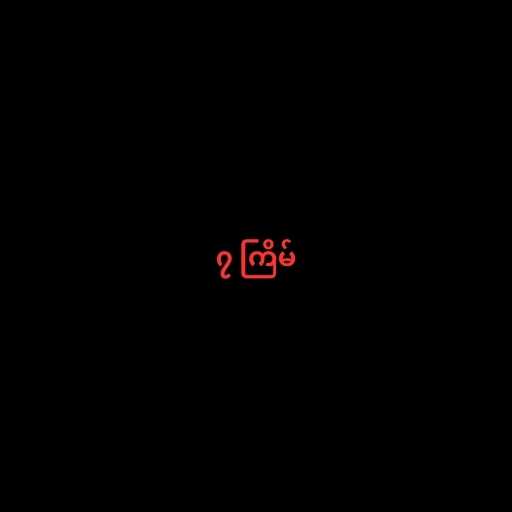
၇ ကြိမ်